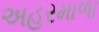
અહરમાળા